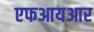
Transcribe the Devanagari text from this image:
एफआयआर